Civil Veterinary Dept. Assam report 1927-50 - 1927-1950
Year: 1927
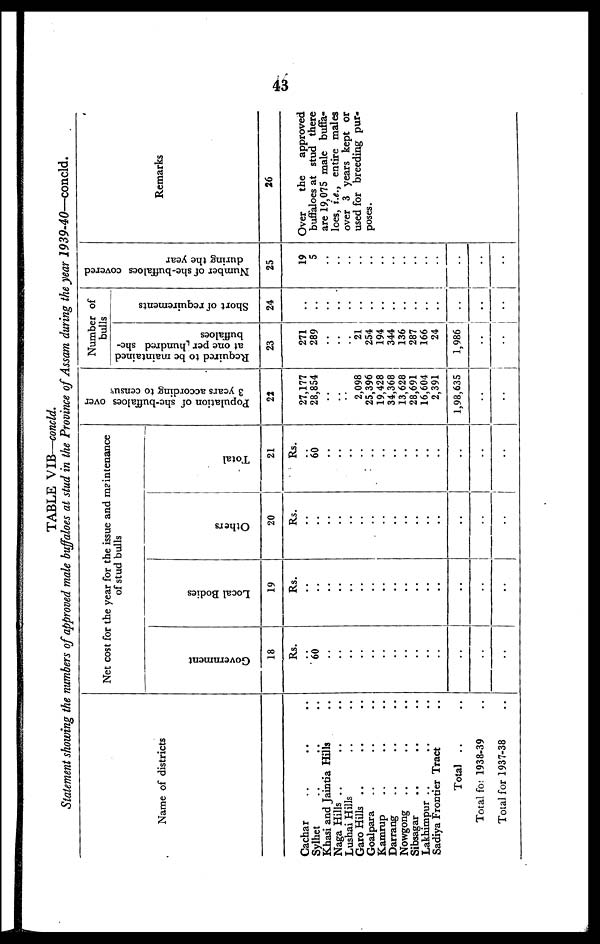
43
TABLE VIB—concld.
Statement showing the numbers of approved male buffaloes at stud in the Province of Assam during the year 1939-40—concld.
Name of districts
Cachar .. .. ..
Sylhet .. .. ..
Khasi and Jaintia Hills ..
Naga Hills .. .. ..
Lushai Hills .. ..
Garo Hills .. .. ..
Goalpara .. .. ..
Kamrup .. .. ..
Darrang .. .. ..
Nowgong .. .. ..
Sibsagar .. .. ..
Lakhimpur .. .. ..
Sadiya Frontier Tract ..
Total .. ..
Total for 1938-39 ..
Total for 1937-38 ..
Net cost for the year for the issue and maintenance
of stud bulls
Government
18
Rs.
..
60
..
..
..
..
..
..
..
..
..
..
..
..
..
..
Local Bodies
19
Rs.
..
..
..
..
..
..
..
..
..
..
..
..
..
..
..
..
Others
20
Rs.
..
..
..
..
..
..
..
..
..
..
..
..
..
..
..
..
Total
21
Rs.
..
60
..
..
..
..
..
..
..
..
..
..
..
..
..
..
Population of she-buffaloes over
3 years according to census
22
27,177
28,854
..
..
..
2,098
25,396
19,428
34,368
13,628
28,691
16,604
2,391
1,98,635
..
..
Number of
bulls
Required to be maintained
at one per hundred she-
buffaloes
23
271
289
..
..
..
21
254
194
344
136
287
166
24
1,986
..
..
Short of requirements
24
..
..
..
..
..
..
..
..
..
..
..
..
..
..
..
..
Number of she-buffaloes covered
during the year
25
19
5
..
..
..
..
..
..
..
..
..
..
..
..
..
..
Remarks
26
Over
the
approved
buffaloes at stud there
are 19,075 male buffa-
loes, i.e., entire males
over 3 years kept or
used for breeding pur-
poses.
..
..